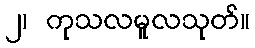
၂၊ ကုသလမူလသုတ်။